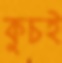
কুচই